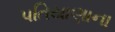
પતિયાણાના